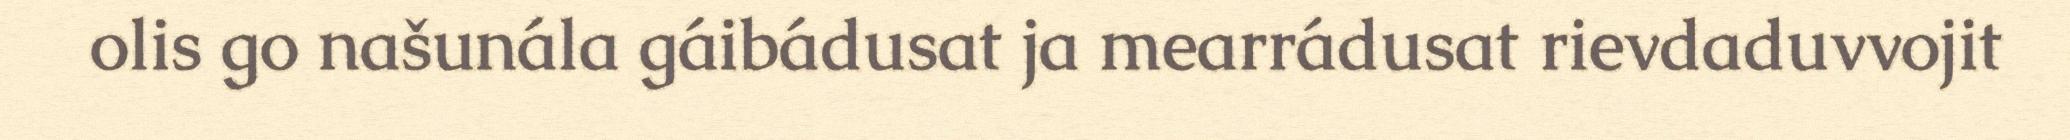
olis go našunála gáibádusat ja mearrádusat rievdaduvvojit